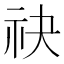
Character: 𬒮